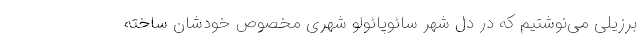
برزیلی می‌نوشتیم که در دل شهر سائوپائولو شهری مخصوص خودشان ساخته